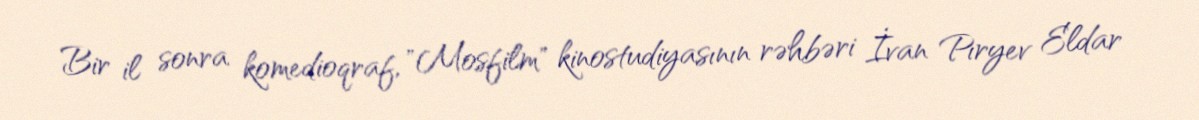
Bir il sonra komedioqraf, "Mosfilm" kinostudiyasının rəhbəri İvan Pıryev Eldar